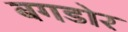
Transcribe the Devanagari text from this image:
बगडोर